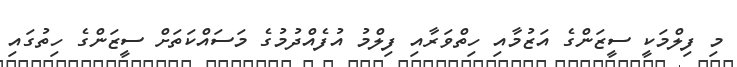
މި ފިލްމަކީ ސީޒަންގެ އަޒުމާއި ހިތްވަރާއި ފިލްމު އުފެއްދުމުގެ މަސައްކަތަށް ސީޒަންގެ ހިތުގައި